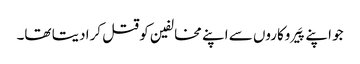
جو اپنے پَیروکاروں سے اپنے مخالفین کو قتل کرا دیتا تھا۔